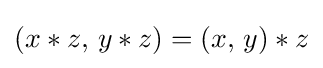
(x*z,\,y*z)=(x,\,y)*z